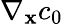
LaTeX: \nabla_{\mathbf x}c_{0}